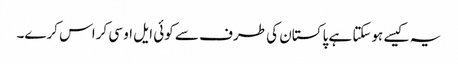
یہ کیسے ہوسکتا ہے پاکستان کی طرف سے کوئی ایل او سی کراس کرے۔